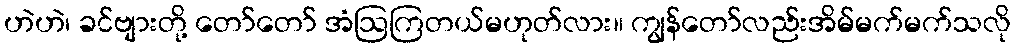
ဟဲဟဲ၊ ခင်ဗျားတို့ တော်တော် အံဩကြတယ်မဟုတ်လား။ ကျွန်တော်လည်းအိမ်မက်မက်သလို